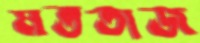
মততাজ